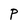
Character: P